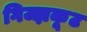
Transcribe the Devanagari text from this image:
गिज्झकूट